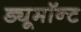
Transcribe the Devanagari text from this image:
ड्यूमॉन्ट